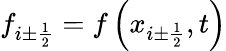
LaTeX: f_{i\pm{\frac{1}{2}}}=f\left(x_{i\pm{\frac{1}{2}}},t\right)